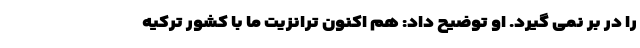
را در بر نمی گیرد. او توضیح داد: هم اکنون ترانزیت ما با کشور ترکیه